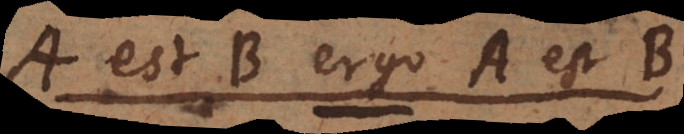
A est BC etiam A est B.